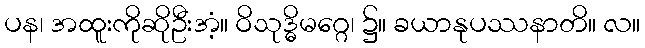
ပန၊ အထူးကိုဆိုဦးအံ့။ ဝိသုဒ္ဓိမဂ္ဂေ၊ ၌။ ခယာနုပဿနာတိ။ လ။